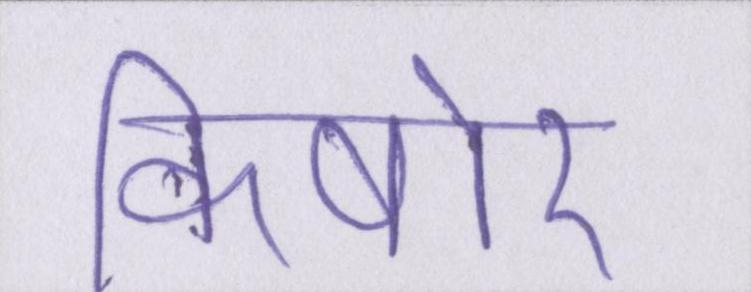
किषोर